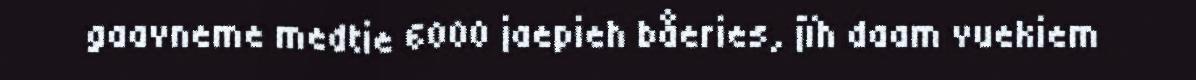
gaavneme medtie 6000 jaepieh båeries, jïh daam vuekiem